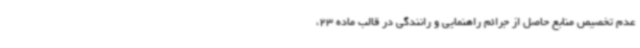
عدم تخصیص منابع حاصل از جرائم راهنمایی و رانندگی در قالب ماده 23،